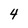
Character: 4